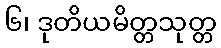
၆၊ ဒုတိယမိတ္တသုတ္တ